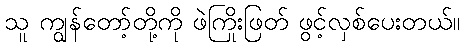
သူ ကျွန်တော့်တို့ကို ဖဲကြိုးဖြတ် ဖွင့်လှစ်ပေးတယ်။